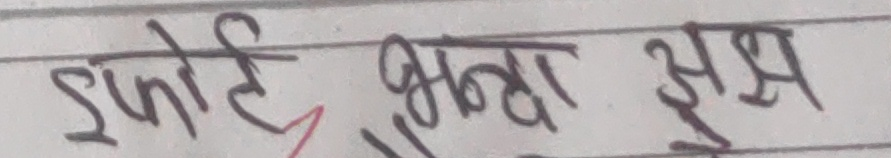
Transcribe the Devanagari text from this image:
इट्टाई, भन्दा अझ